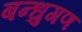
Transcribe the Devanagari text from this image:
बन्धुगण